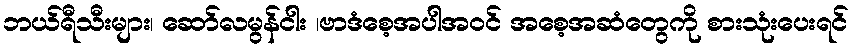
ဘယ်ရီသီးများ၊ ဆော်လမွန်ငါး ၊ဗာဒံစေ့အပါအဝင် အစေ့အဆံတွေကို စားသုံးပေးရင်